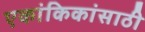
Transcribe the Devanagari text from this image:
एकांकिकांसाठी